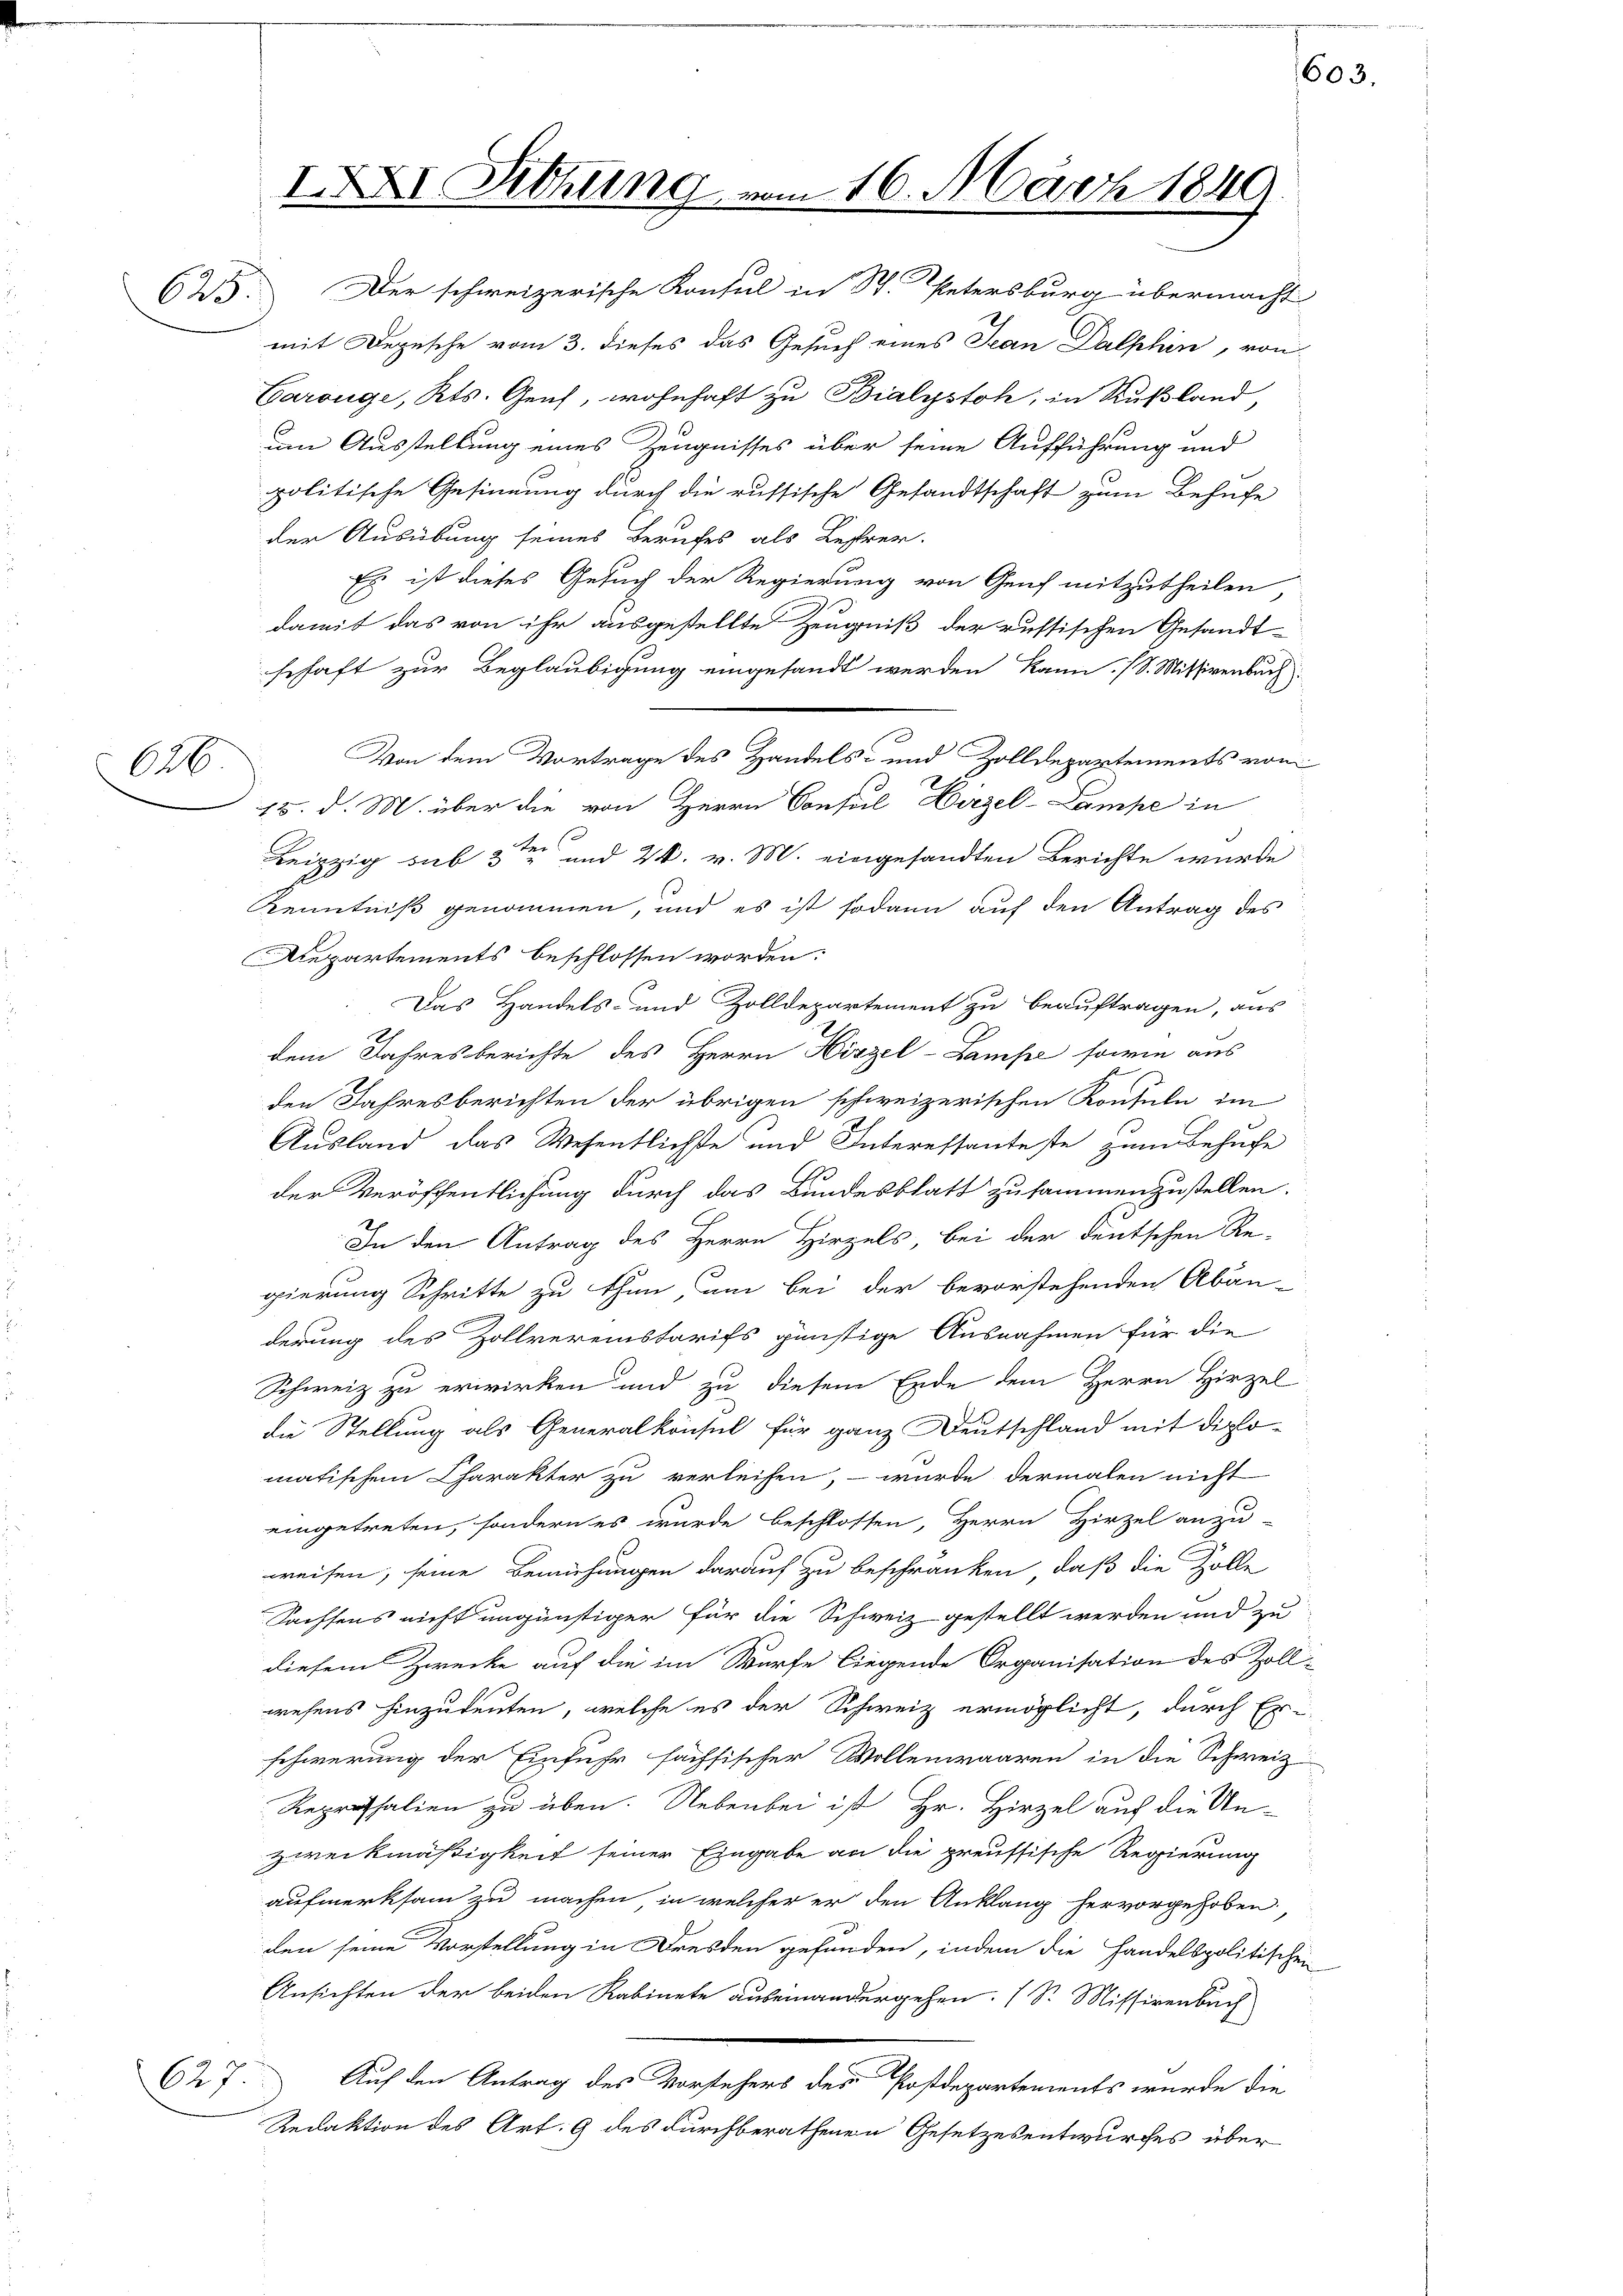
626

IXXI Sitzung

im 16. März 1849.

um Ausstellung eines Zeugnisses über seine Aufführung und
politische Gesinnung durch die russische Gesandtschaft zum Behufe
der Ausübung seines Berufes als Bestrer.
Es ist dieses Gesuch der Regierung von Genf mitzutheilen,
damit das von ihr ausgestellte Zeugniß der russischen Gesandt-
schaft zur Beglaubigung eingesandt werden kann. (S. Mitsivenbach
Von dem Vortrage des Handels- und Zolldepartements von
15. d. M. über die von Herrn Consul Hirzel-Lampe in
Leipzig sub 3ten und 24. v. M. eingesandten Berichte wurde
Kenntniß genommen, und es ist sodann auf den Antrag des
Repartements beschlossen worden:
Das Handels- und Zolldepartement zu beauftragen, aus
dem Jahresberichte des Herrn Hirzel-Lampe sowie aus
den Jahresberichten der übrigen schweizerischen Konsuln im
Ausland das Wesentlichste und Interessanteste zum Behufe
der Veröffentlichung durch das Bundesblatt zusammenzustellen.
In den Antrag des Herrn Hirzels, bei der deutschen Re-
gierung Schritte zu thun, um bei der bevorstehenden Abän-
derung des Zollvereinstarifs günstige Ausnahmen für die
Schweiz zu erwirken und zu diesem Ende dem Herrn Hirzel
die Stellung als Generalkonsul für ganz Deutschland mit diplo-
matischen Charakter zu verleihen, – wurde dermalen nicht
eingetreten, sondern es wurde beschlossen, Herrn Hirzel anzu-
weisen, seine Bemühungen darauf zu beschränken, daß die Zolle
Sachsens nicht ungünstiger für die Schweiz gestellt werden und zu
diesem Zwecke auf die im Würfe liegende Organisation des Zoll-
wesens hinzudeuten, welche es der Schweiz ermöglicht, durch Erschwerung der Einfuhr sächsischer Wollenwaaren in die Schweiz
Reprossalien zu üben. Nebenbei ist Hr. Hirzel auf die Unzweckmäßigkeit seiner Eingabe an die preussische Regierung
aufmerksam zu machen, in welcher er den Anklang hervorgehoben,
den seine Vorstellung in Dresden gefunden, indem die Handelspolitischen
Ansichten der beiden Kabinete auseinandergehen. (S. Missivenbuch
627.
Auf den Antrag des Vorstehers des Postdepartements wurde die
Redaktion des Art. 9 des durchberathenen Gesetzesentwurfes über

625. Der schweizerische Konsul in St. Petersburg übermacht
mit Depesche vom 3. dieses das Gesuch eines Jean Dalphin, von
Carouge, Kts. Genf, wohnhaft zu Bialystoh, in Rußland,

603.